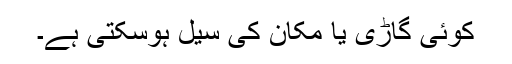
کوئی گاڑی یا مکان کی سیل ہوسکتی ہے۔